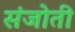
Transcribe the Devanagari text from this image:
संजोती